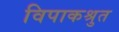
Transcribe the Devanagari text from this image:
विपाकश्रुत